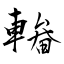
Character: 輽